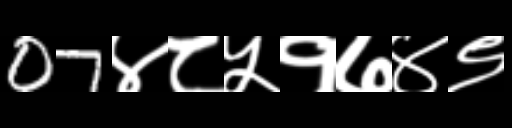
Text: 07४८५१७४९